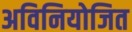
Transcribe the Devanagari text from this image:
अविनियोजित